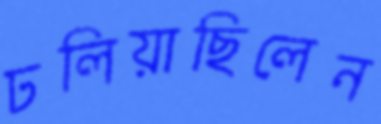
ঢলিয়াছিলেন